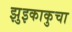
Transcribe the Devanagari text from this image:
झुइकाकुचा